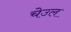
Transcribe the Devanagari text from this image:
चेउल